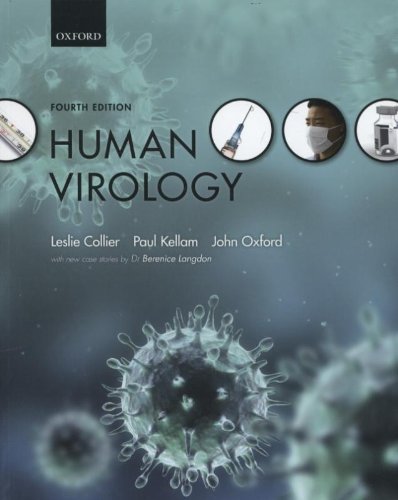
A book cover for Human Virology; Leslie Collier; Medical Books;